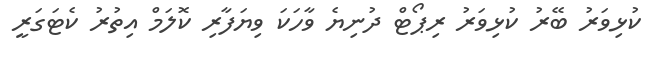
ކުޅިވަރު ބޭރު ކުޅިވަރު ރިޕޯޓް ދުނިޔެ ވާހަކަ ވިޔަފާރި ކޮލަމް އިތުރު ކެޓަގަރީ